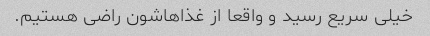
خیلی سریع رسید و واقعا از غذاهاشون راضی هستیم.